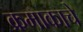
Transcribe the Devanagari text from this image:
क्रमाकाचे